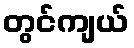
တွင်ကျယ်